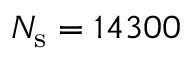
N _ { \mathrm { s } } = 1 4 3 0 0